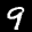
Label: 9